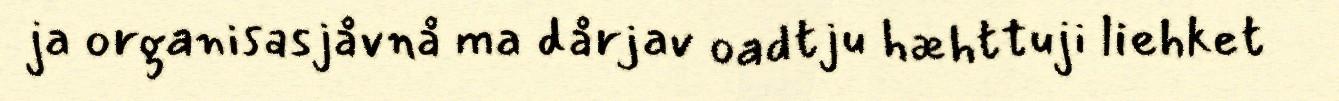
ja organisasjåvnå ma dårjav oadtju hæhttuji liehket